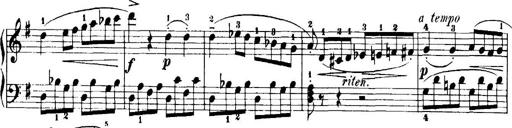
Title: 7 Sonatinas
Composer: Anton Diabelli